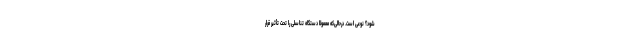
شود؟ نوعی است. درحالی‌که معمولاً دستگاه تناسلی را تحت تأثیر قرار